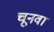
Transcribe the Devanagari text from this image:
चूनवा